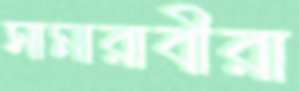
সামারাবীরা